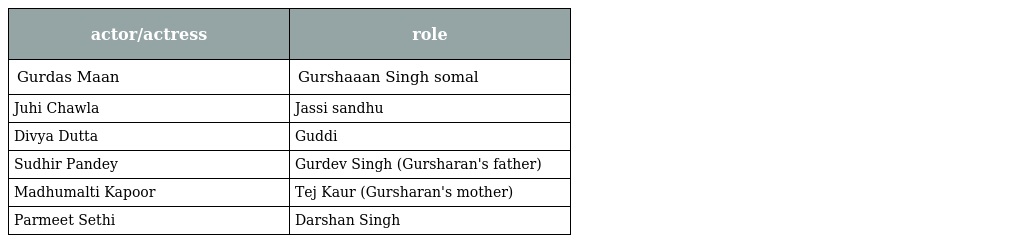
| actor/actress | role |
 | --- | --- |
 | Gurdas Maan | Gurshaaan Singh somal |
 | Juhi Chawla | Jassi sandhu |
 | Divya Dutta | Guddi |
 | Sudhir Pandey | Gurdev Singh (Gursharan's father) |
 | Madhumalti Kapoor | Tej Kaur (Gursharan's mother) |
 | Parmeet Sethi | Darshan Singh |